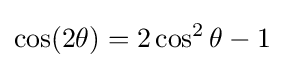
\cos(2\theta )=2\cos ^{2}\theta -1